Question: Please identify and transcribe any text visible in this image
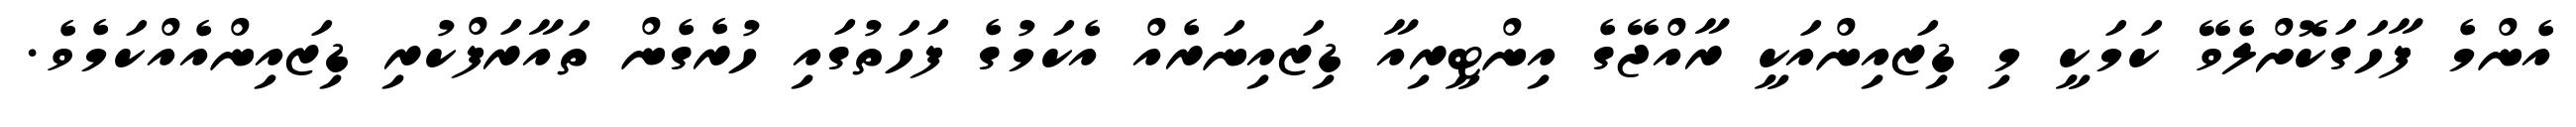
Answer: އެންމެ ފާހަގަކޮށްލެވޭ ކަމަކީ މި ޑިޒައިންއަކީ ރާއްޖޭގެ އިންޓީރިއާ ޑިޒައިނަރެއް އެކަމުގެ ފަހަތުގައި ހުރެގެން ތައާރަފްކުރި ޑިޒައިންއެއްކަމެވެ.